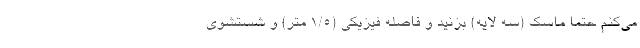
می‌کنم حتما ماسک (سه لایه) بزنید و فاصله فیزیکی (۱/۵ متر) و شستشوی